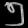
Digit: ၅